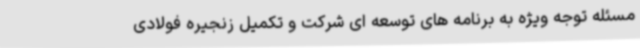
مسئله توجه ویژه به برنامه های توسعه ای شرکت و تکمیل زنجیره فولادی